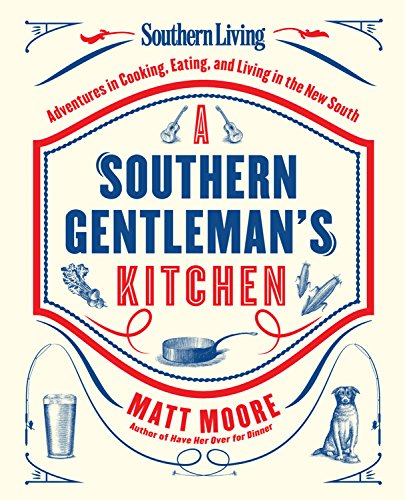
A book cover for Southern Living A Southern Gentleman's Kitchen: Adventures in Cooking, Eating, and Living in the New South; Matt Moore; Cookbooks, Food & Wine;